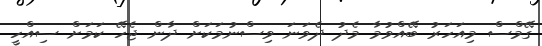
ގޭމްސް މިއަހަރު ބޭއްވުމާ މެދު ދެވަނަ ވިސްނުމަކަށް ދާން ޖެހޭ ކަމަށް ސިއްހީ